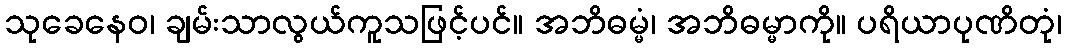
သုခေနေဝ၊ ချမ်းသာလွယ်ကူသဖြင့်ပင်။ အဘိဓမ္မံ၊ အဘိဓမ္မာကို။ ပရိယာပုဏိတုံ၊